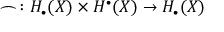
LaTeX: \frown \colon H _ { \bullet } ( X ) \times H ^ { \bullet } ( X ) \to H _ { \bullet } ( X )